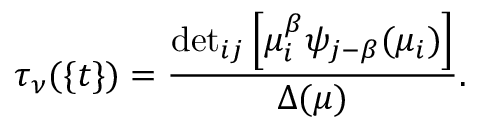
\tau _ { \nu } ( \{ t \} ) = \frac { { { \operatorname * { d e t } } _ { i j } \left[ \mu _ { i } ^ { \beta } \psi _ { j - \beta } ( \mu _ { i } ) \right] } } { \Delta ( \mu ) } .